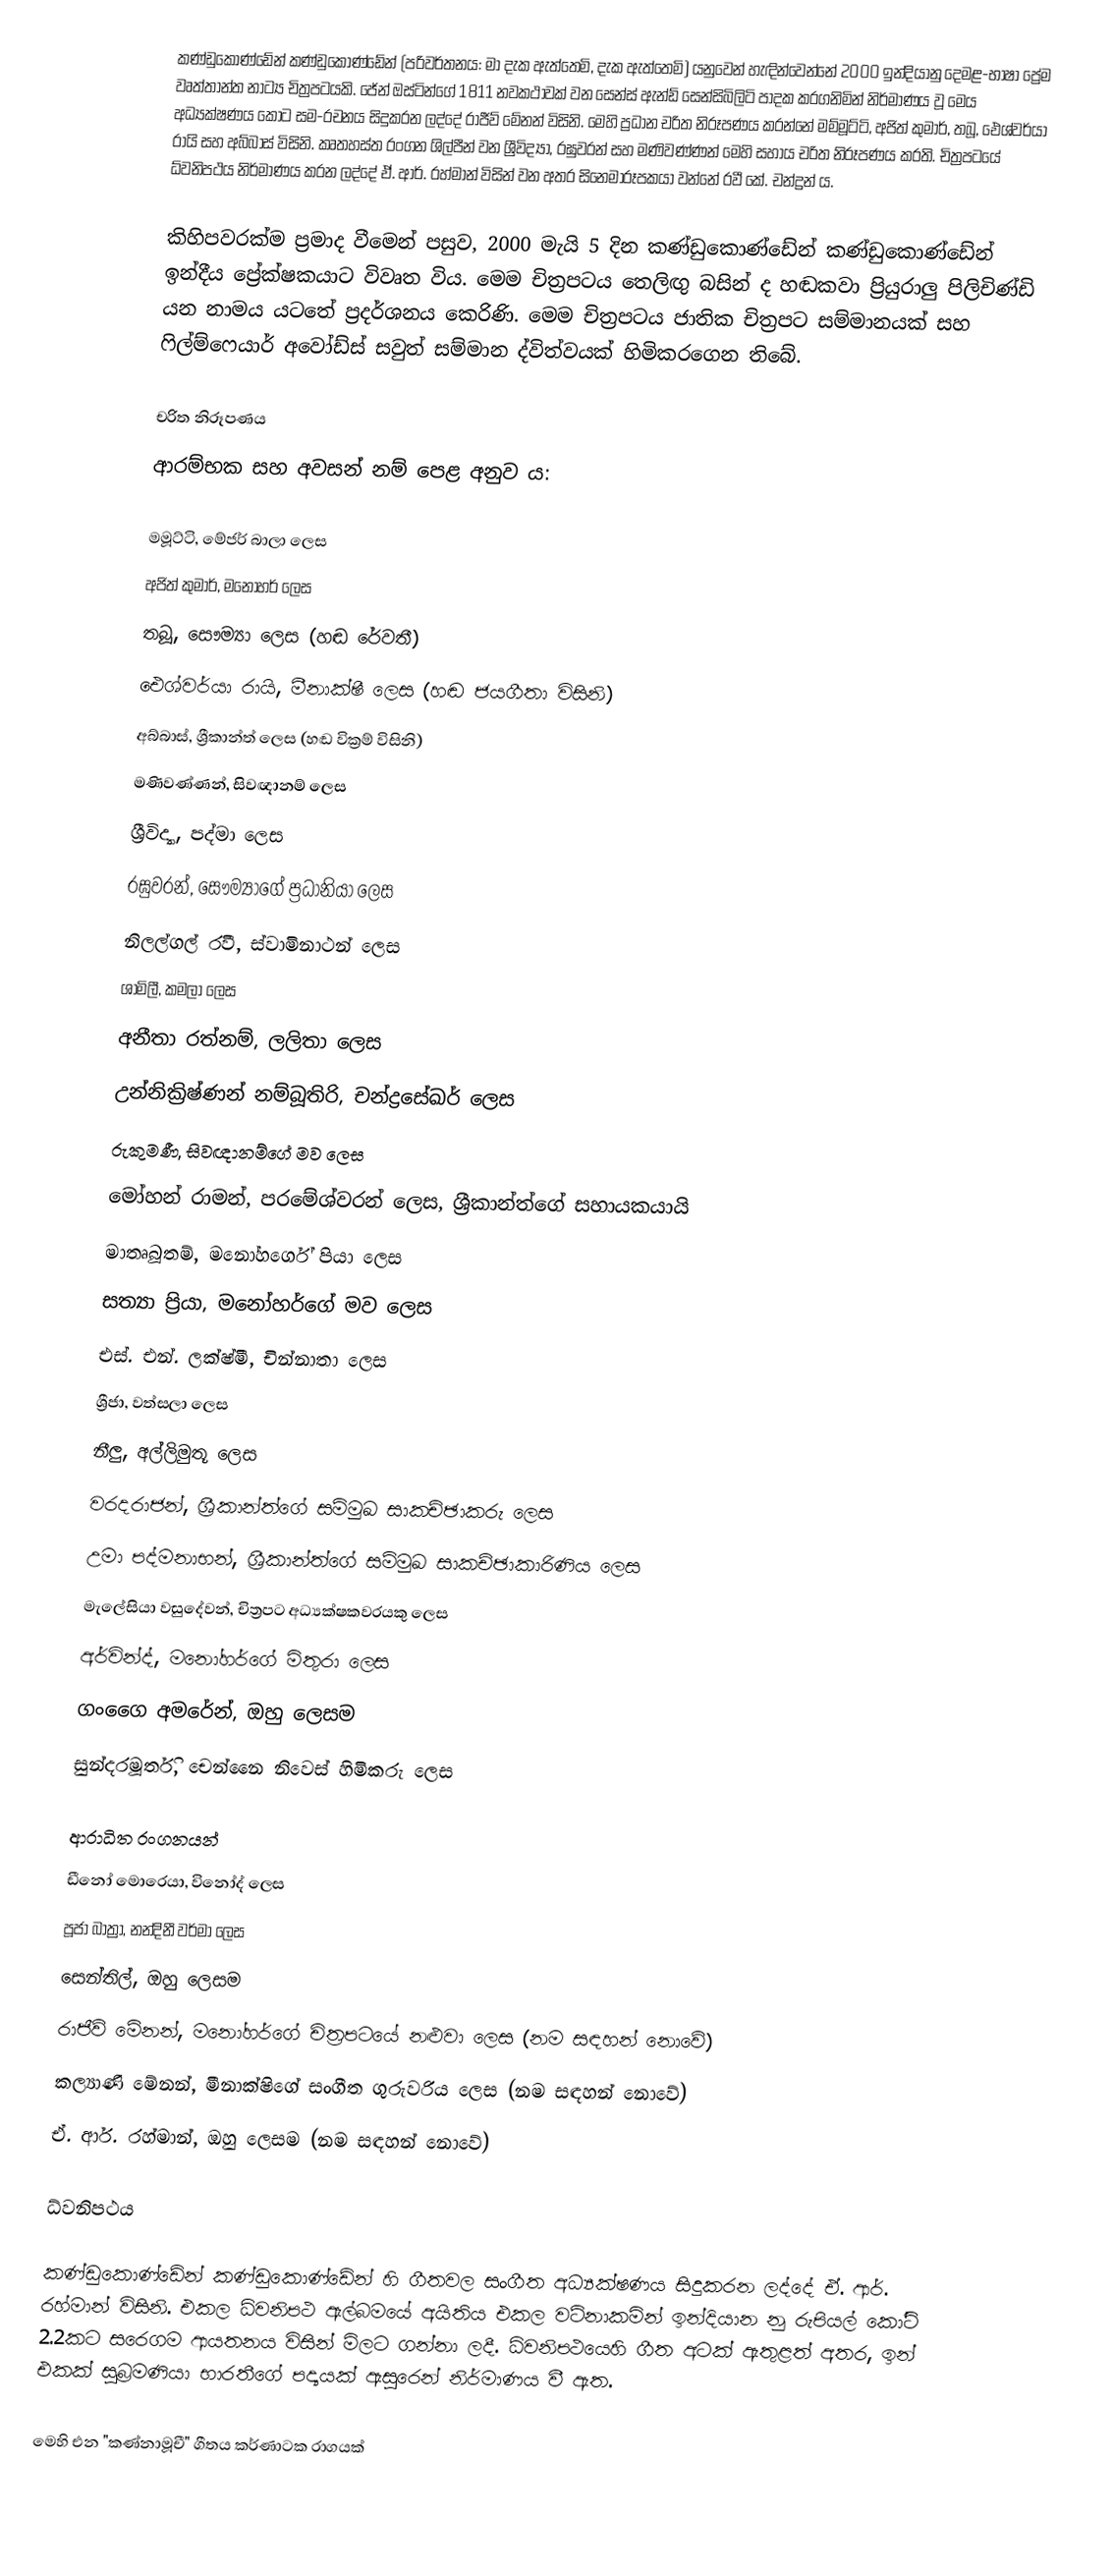
කණ්ඩුකොණ්ඩේන් කණ්ඩුකොණ්ඩේන් (පරිවර්තනය: මා දැක ඇත්තෙමි, දැක ඇත්තෙමි) යනුවෙන් හැඳින්වෙන්නේ 2000 ඉන්දියානු දෙමළ-භාෂා ප්‍රේම වෘත්තාන්ත නාට්‍ය චිත්‍රපටයකි. ජේන් ඔස්ටින්ගේ 1811 නවකථාවක් වන සෙන්ස් ඇන්ඩ් සෙන්සිබිලිටි පාදක කරගනිමින් නිර්මාණය වූ මෙය අධ්‍යක්ෂණය කොට සම-රචනය සිදුකරන ලද්දේ රාජීව් මේනන් විසිනි. මෙහි ප්‍රධාන චරිත නිරූපණය කරන්නේ මම්මූට්ටි, අජිත් කුමාර්, තබූ, ඓශ්වර්යා රායි සහ අබ්බාස් විසිනි. කෘතහස්ත රංගන ශිල්පීන් වන ශ්‍රීවිද්‍යා, රඝුවරන් සහ මණිවණ්ණන් මෙහි සහාය චරිත නිරූපණය කරති. චිත්‍රපටයේ ධ්වනිපථය නිර්මාණය කරන ලද්දේ ඒ. ආර්. ‍රහ්මාන් විසින් වන අතර සිනෙමාරූපකයා වන්නේ රවී කේ. චන්ද්‍රන් ය.

කිහිපවරක්ම ප්‍රමාද වීමෙන් පසුව, 2000 මැයි 5 දින කණ්ඩුකොණ්ඩේන් කණ්ඩුකොණ්ඩේන් ඉන්දීය ප්‍රේක්ෂකයාට විවෘත විය. මෙම චිත්‍රපටය තෙලිඟු බසින් ද හඬකවා ප්‍රියුරාලු පිලිචිණ්ඩි යන නාමය යටතේ ප්‍රදර්ශනය කෙරිණි. මෙම චිත්‍රපටය ජාතික චිත්‍රපට සම්මානයක් සහ ෆිල්ම්ෆෙයාර් අවෝඩ්ස් සවුත් සම්මාන ද්විත්වයක් හිමිකරගෙන තිබේ.

චරිත නිරූපණය
ආරම්භක සහ අවසන් නම් පෙළ අනුව ය:

 මමූට්ටි, මේජර් බාලා ලෙස
 අජිත් කුමාර්, මනෝහර් ලෙස
 තබූ, සෞම්‍යා ලෙස (හඬ රේවතී)
 ඓශ්වර්යා රායි, මීනාක්ෂී ලෙස (හඬ ජයගීතා විසිනි)
 අබ්බාස්, ශ්‍රීකාන්ත් ලෙස (හඬ වික්‍රම් විසිනි)
 මණිවණ්ණන්, සිවඥානම් ලෙස
 ශ්‍රීවිද්‍යා, පද්මා ලෙස
 රඝුවරන්, සෞම්‍යාගේ ප්‍රධානියා ලෙස
 නිලල්ගල් රවී, ස්වාමිනාථන් ලෙස
 ශාමිලී, කමලා ලෙස
 අනීතා රත්නම්, ලලිතා ලෙස
 උන්නික්‍රිෂ්ණන් නම්බූතිරි, චන්ද්‍රසේඛර් ලෙස
 රුකුමණී, සිවඥානම්ගේ මව ලෙස
 මෝහන් රාමන්, පරමේශ්වරන් ලෙස, ශ්‍රීකාන්ත්ගේ සහායකයායි
 මාතෘබූතම්, මනෝහර්ගේ පියා ලෙස
 සත්‍යා ප්‍රියා, මනෝහර්ගේ මව ලෙස
 එස්. එන්. ලක්ෂ්මී, චින්නාතා ලෙස
 ශ්‍රීජා, වත්සලා ලෙස
 නීලු, අල්ලිමුතූ ලෙස
 වරදරාජන්, ශ්‍රීකාන්ත්ගේ සම්මුඛ සාකච්ඡාකරු ලෙස
 උමා පද්මනාභන්, ශ්‍රීකාන්ත්ගේ සම්මුඛ සාකච්ඡාකාරිණිය ලෙස
 මැලේසියා වසුදේවන්, චිත්‍රපට අධ්‍යක්ෂකවරයකු ලෙස
 අර්වින්ද්, මනෝහර්ගේ මිතුරා ලෙස
 ගංගෛ අමරේන්, ඔහු ලෙසම
 සුන්දරමූර්ති, චෙන්නෛ නිවෙස් හිමිකරු ලෙස

ආරාධිත රංගනයන්
 ඩීනෝ මොරෙයා, විනෝද් ලෙස
 පූජා බාත්‍රා, නන්දිනී වර්මා ලෙස
 සෙන්තිල්, ඔහු ලෙසම
 රාජීව් මේනන්, මනෝහර්ගේ චිත්‍රපටයේ නළුවා ලෙස (නම සඳහන් නොවේ)
 කල්‍යාණි මේනන්, මීනාක්ෂිගේ සංගීත ගුරුවරිය ලෙස (නම සඳහන් නොවේ)
 ඒ. ආර්. ‍රහ්මාන්, ඔහු ලෙසම (නම සඳහන් නොවේ)

ධ්වනිපථය

කණ්ඩුකොණ්ඩේන් කණ්ඩුකොණ්ඩේන් හි ගීතවල සංගීත අධ්‍යක්ෂණය සිදුකරන ලද්දේ ඒ. ආර්. ‍රහ්මාන් විසිනි. එකල ධ්වනිපථ ඇල්බමයේ අයිතිය  එකල වටිනාකමින් ඉන්දියාන නු රුපියල් කෝටි 2.2කට සරෙගම ආයතනය විසින් මිලට ගන්නා ලදී. ධ්වනිපථයෙහි ගීත අටක් ඇතුළත් අතර, ඉන් එකක් සුබ්‍රමණියා භාරතීගේ පද්‍යයක් ඇසුරෙන් නිර්මාණය වී ඇත.

මෙහි එන "කණ්නාමූචී" ගීතය කර්ණාටක රාගයක්